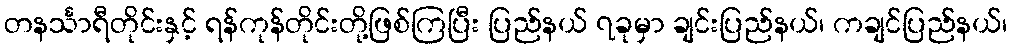
တနင်္သာရီတိုင်းနှင့် ရန်ကုန်တိုင်းတို့ဖြစ်ကြပြီး ပြည်နယ် ၇ခုမှာ ချင်းပြည်နယ်၊ ကချင်ပြည်နယ်၊